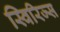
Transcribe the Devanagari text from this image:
स्विरिज्स